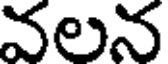
వలన